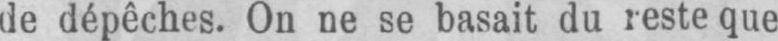
de dépêches. On ne se basait du reste que